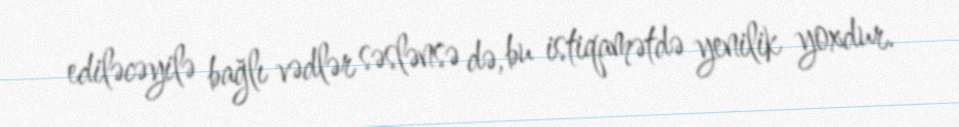
ediləcəyilə bağlı vədlər səslənsə də, bu istiqamətdə yenilik yoxdur.